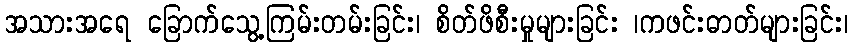
အသားအရေ ခြောက်သွေ့ကြမ်းတမ်းခြင်း၊ စိတ်ဖိစီးမှုများခြင်း ၊ကဖင်းဓာတ်များခြင်း၊